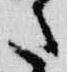
さ